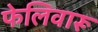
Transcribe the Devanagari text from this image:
फेलिवारू